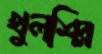
খুলশির